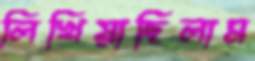
লিখিয়াছিলাম